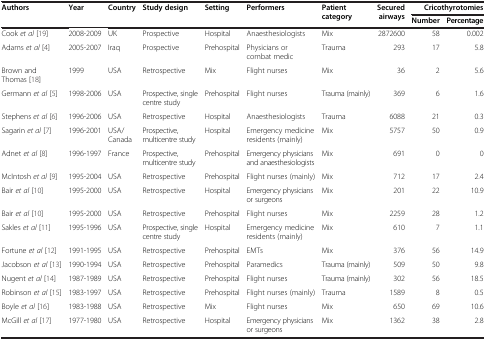
<table><thead><tr><td rowspan="2"><b>Authors</b></td><td rowspan="2"><b>Year</b></td><td rowspan="2"><b>Country</b></td><td rowspan="2"><b>Study design</b></td><td rowspan="2"><b>Setting</b></td><td rowspan="2"><b>Performers</b></td><td rowspan="2"><b>Patient category</b></td><td rowspan="2"><b>Secured airways</b></td><td colspan="2"><b>Cricothyrotomies</b></td></tr><tr><td><b>Number</b></td><td><b>Percentage</b></td></tr></thead><tbody><tr><td>Cook <i>et al </i>[19]</td><td>2008-2009</td><td>UK</td><td>Prospective</td><td>Hospital</td><td>Anaesthesiologists</td><td>Mix</td><td>2872600</td><td>58</td><td>0.002</td></tr><tr><td>Adams <i>et al </i>[4]</td><td>2005-2007</td><td>Iraq</td><td>Prospective</td><td>Prehospital</td><td>Physicians or combat medic</td><td>Trauma</td><td>293</td><td>17</td><td>5.8</td></tr><tr><td>Brown and Thomas [18]</td><td>1999</td><td>USA</td><td>Retrospective</td><td>Mix</td><td>Flight nurses</td><td>Mix</td><td>36</td><td>2</td><td>5.6</td></tr><tr><td>Germann <i>et al </i>[5]</td><td>1998-2006</td><td>USA</td><td>Prospective, single centre study</td><td>Prehospital</td><td>Flight nurses</td><td>Trauma (mainly)</td><td>369</td><td>6</td><td>1.6</td></tr><tr><td>Stephens <i>et al </i>[6]</td><td>1996-2006</td><td>USA</td><td>Retrospective</td><td>Hospital</td><td>Anaesthesiologists</td><td>Trauma</td><td>6088</td><td>21</td><td>0.3</td></tr><tr><td>Sagarin <i>et al </i>[7]</td><td>1996-2001</td><td>USA/Canada</td><td>Prospective, multicentre study</td><td>Hospital</td><td>Emergency medicine residents (mainly)</td><td>Mix</td><td>5757</td><td>50</td><td>0.9</td></tr><tr><td>Adnet <i>et al </i>[8]</td><td>1996-1997</td><td>France</td><td>Prospective, multicentre study</td><td>Prehospital</td><td>Emergency physicians and anaesthesiologists</td><td>Mix</td><td>691</td><td>0</td><td>0</td></tr><tr><td>McIntosh <i>et al </i>[9]</td><td>1995-2004</td><td>USA</td><td>Retrospective</td><td>Prehospital</td><td>Flight nurses (mainly)</td><td>Mix</td><td>712</td><td>17</td><td>2.4</td></tr><tr><td>Bair <i>et al </i>[10]</td><td>1995-2000</td><td>USA</td><td>Retrospective</td><td>Hospital</td><td>Emergency physicians or surgeons</td><td>Mix</td><td>201</td><td>22</td><td>10.9</td></tr><tr><td>Bair <i>et al </i>[10]</td><td>1995-2000</td><td>USA</td><td>Retrospective</td><td>Prehospital</td><td>Flight nurses</td><td>Mix</td><td>2259</td><td>28</td><td>1.2</td></tr><tr><td>Sakles <i>et al </i>[11]</td><td>1995-1996</td><td>USA</td><td>Prospective, single centre study</td><td>Hospital</td><td>Emergency medicine residents (mainly)</td><td>Mix</td><td>610</td><td>7</td><td>1.1</td></tr><tr><td>Fortune <i>et al </i>[12]</td><td>1991-1995</td><td>USA</td><td>Retrospective</td><td>Prehospital</td><td>EMTs</td><td>Mix</td><td>376</td><td>56</td><td>14.9</td></tr><tr><td>Jacobson <i>et al </i>[13]</td><td>1990-1994</td><td>USA</td><td>Retrospective</td><td>Prehospital</td><td>Paramedics</td><td>Trauma (mainly)</td><td>509</td><td>50</td><td>9.8</td></tr><tr><td>Nugent <i>et al </i>[14]</td><td>1987-1989</td><td>USA</td><td>Retrospective</td><td>Prehospital</td><td>Flight nurses</td><td>Trauma (mainly)</td><td>302</td><td>56</td><td>18.5</td></tr><tr><td>Robinson <i>et al </i>[15]</td><td>1983-1997</td><td>USA</td><td>Retrospective</td><td>Prehospital</td><td>Flight nurses (mainly)</td><td>Trauma</td><td>1589</td><td>8</td><td>0.5</td></tr><tr><td>Boyle <i>et al </i>[16]</td><td>1983-1988</td><td>USA</td><td>Retrospective</td><td>Mix</td><td>Flight nurses</td><td>Mix</td><td>650</td><td>69</td><td>10.6</td></tr><tr><td>McGill <i>et al </i>[17]</td><td>1977-1980</td><td>USA</td><td>Retrospective</td><td>Hospital</td><td>Emergency physicians or surgeons</td><td>Mix</td><td>1362</td><td>38</td><td>2.8</td></tr></tbody></table>